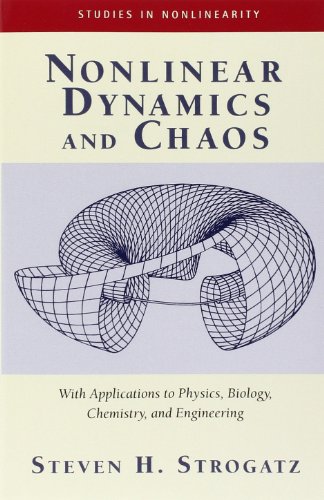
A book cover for Nonlinear Dynamics And Chaos: With Applications To Physics, Biology, Chemistry, And Engineering (Studies in Nonlinearity); Steven H. Strogatz; Science & Math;